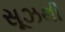
સૂઝથી